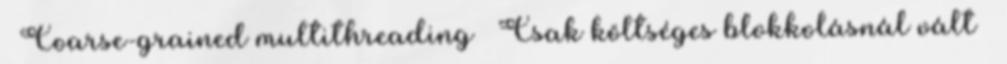
● Coarse-grained multithreading – Csak költséges blokkolásnál vált –